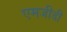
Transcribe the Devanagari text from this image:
एमजीडी